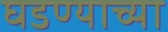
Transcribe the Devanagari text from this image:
घडण्याच्या